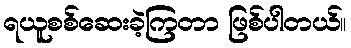
ရယူစစ်ဆေးခဲ့ကြတာ ဖြစ်ပါတယ်။